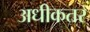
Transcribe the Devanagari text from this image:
अधीकतर